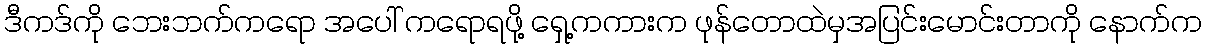
ဒီကဒ်ကို ဘေးဘက်ကရော အပေါ် ကရောရဖို့ ရှေ့ကကားက ဖုန်တောထဲမှအပြင်းမောင်းတာကို နောက်က